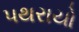
પથરાયો